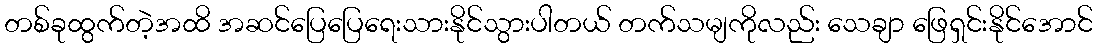
တစ်ခုထွက်တဲ့အထိ အဆင်ပြေပြေရေးသားနိုင်သွားပါတယ် တက်သမျကိုလည်း သေချာ ဖြေရှင်းနိုင်အောင်